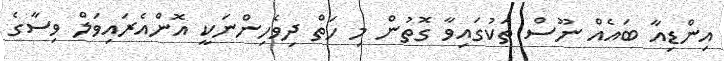
އިންޑިއާ ބައެއް ނޫސް ތަކުގައިވާ ގޮތުން މި ހަތް ދިވެހިންނަކީ އޮންއެރައިވަލް ވިސާގެ